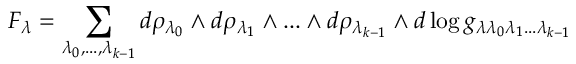
F _ { \lambda } = \sum _ { \lambda _ { 0 } , . . . , \lambda _ { k - 1 } } d \rho _ { \lambda _ { 0 } } \wedge d \rho _ { \lambda _ { 1 } } \wedge . . . \wedge d \rho _ { \lambda _ { k - 1 } } \wedge d \log g _ { \lambda \lambda _ { 0 } \lambda _ { 1 } . . . \lambda _ { k - 1 } }